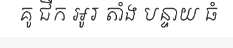
គូ ជីក អូរ តាំង បន្ទាយ ធំ